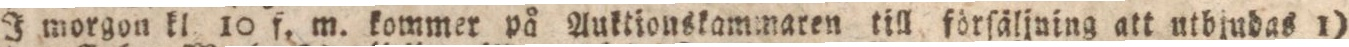
I morgon kl. 10 f. m. kommer på Auktionskammaren till försäljuing att utbjudas 1)